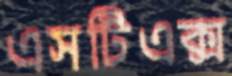
এসটিএক্স